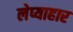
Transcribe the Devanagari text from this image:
लेप्याहार